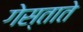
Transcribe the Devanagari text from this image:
गेस्ताते